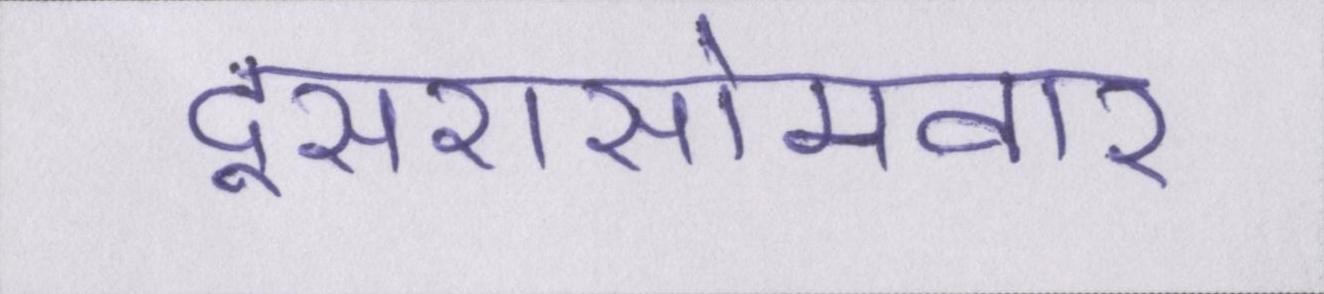
दूसरासोमवार